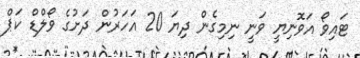
ޓައިވޯ އަވޮނިޔީ ވަނީ ނިމިގެން ދިޔަ 20 އަހަރުން ދަށުގެ ވޯލްޑް ކަޕް